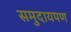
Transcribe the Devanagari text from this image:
समुदायपण